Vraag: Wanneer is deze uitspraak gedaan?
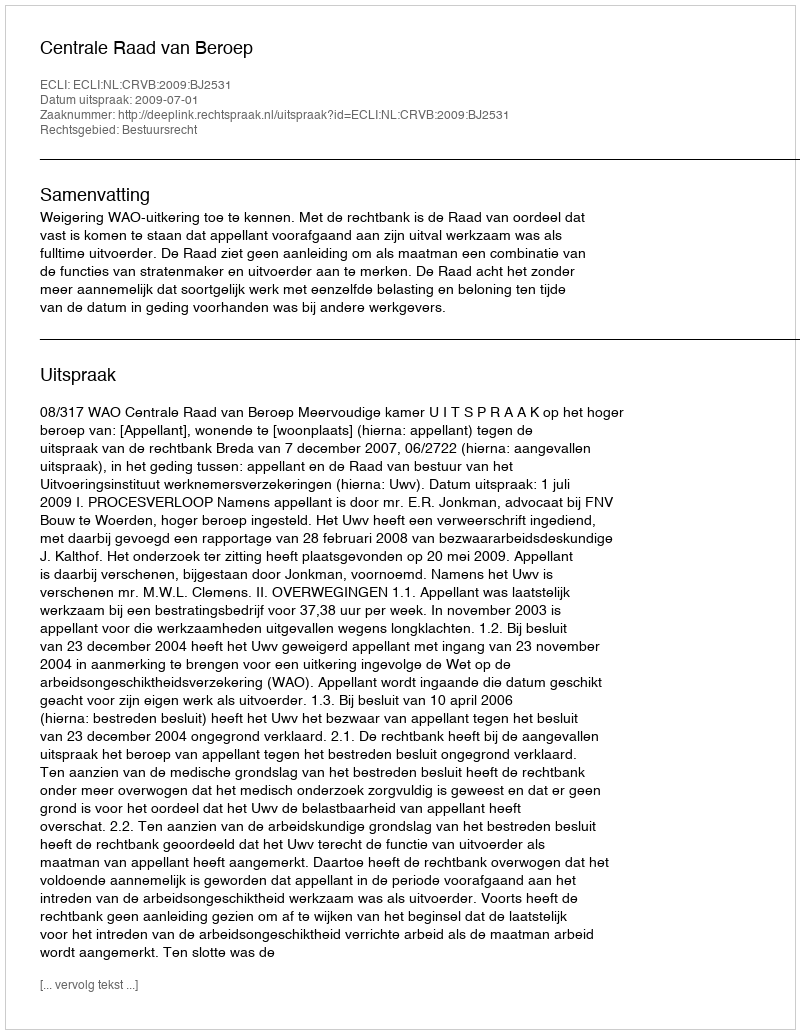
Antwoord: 2009-07-01